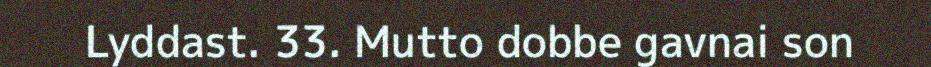
Lyddast. 33. Mutto dobbe gavnai son